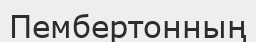
Пембертонның